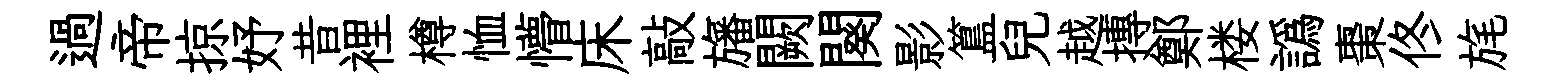
過帝掠妤昔裡樽恤懵床敲旛闕闋影簋兒越摶鄭楼譌棗佟旄